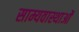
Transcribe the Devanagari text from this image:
साम्यवास्थाओं